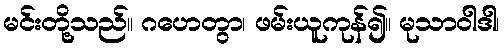
မင်းတို့သည်။ ဂဟေတွာ၊ ဖမ်းယူကုန်၍။ မုသာဝါဒါ၊